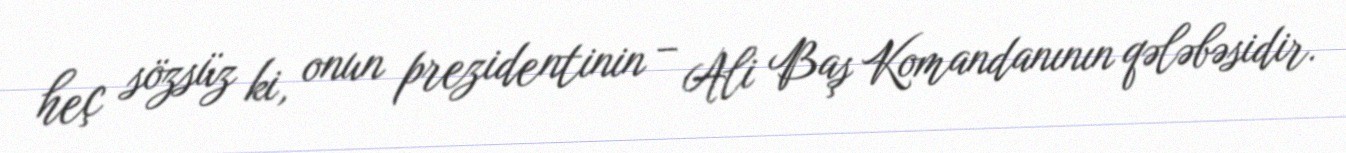
heç sözsüz ki, onun prezidentinin – Ali Baş Komandanının qələbəsidir.